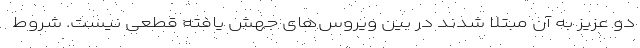
دو عزیز به آن مبتلا شدند در بین ویروس‌های جهش یافته قطعی نیست. شروط